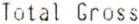
TOTAL GROSS